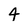
Character: 4